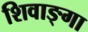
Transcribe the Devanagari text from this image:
शिवाङ्गा